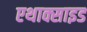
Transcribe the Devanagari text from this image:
एथाक्साइड